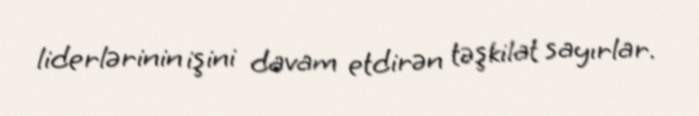
liderlərinin işini davam etdirən təşkilat sayırlar.